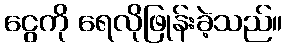
ငွေကို ရေလိုဖြုန်းခဲ့သည်။